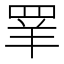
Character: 𰭌